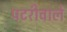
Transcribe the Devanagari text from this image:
पटरीवाले